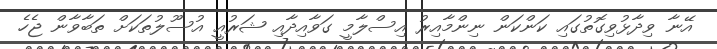
އޭނާ ވިދާޅުވިގޮތުގައި ކަންކަން ނިންމާއިރު އިސްލާމީ ގަވާއިދާއި ޝަރުއީ އުސޫލުތަކަށް ތަބާވާން ޖެހެ